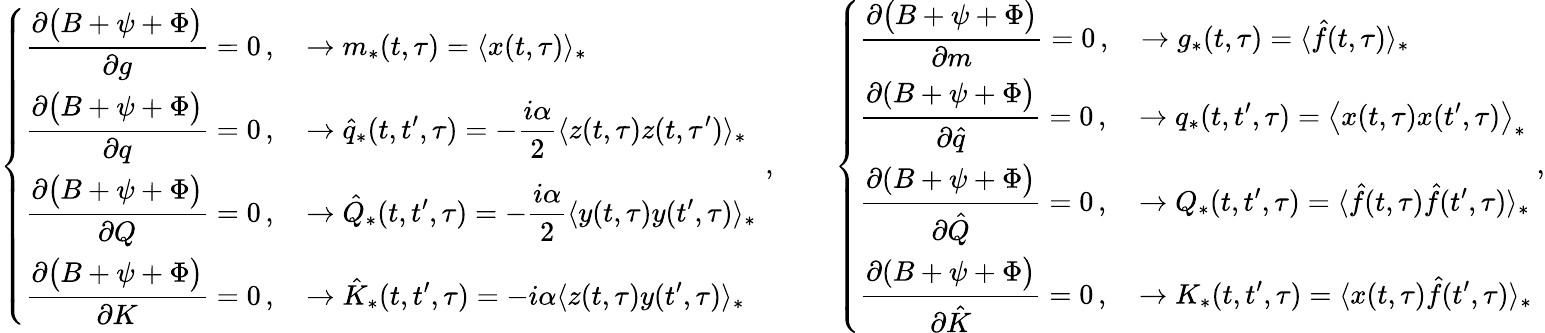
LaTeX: \left\{ \begin{array}{l}{\displaystyle\frac{\partial\big(B+\psi+\Phi\big)}{\partial g}=0\, ,\quad\rightarrow{m}_{*}(t,\tau)=\langle x(t,\tau)\rangle_{*}}\\ {\displaystyle\frac{\partial\big(B+\psi+\Phi\big)}{\partial q}=0\, ,\quad\rightarrow\hat{q}_{*}(t,t^{\prime},\tau)=-\frac{i\alpha}{2}\langle z(t,\tau)z(t,\tau^{\prime})\rangle_{*}}\\ {\displaystyle\frac{\partial\big(B+\psi+\Phi\big)}{\partial Q}=0\, ,\quad\rightarrow\hat{Q}_{*}(t,t^{\prime},\tau)=-\frac{i\alpha}{2}\langle y(t,\tau)y(t^{\prime},\tau)\rangle_{*}}\\ {\displaystyle\frac{\partial\big(B+\psi+\Phi\big)}{\partial K}=0\, ,\quad\rightarrow\hat{K}_{*}(t,t^{\prime},\tau)=-i\alpha\langle z(t,\tau)y(t^{\prime},\tau)\rangle_{*}}\end{array}\right.\, \, ,\qquad\left\{ \begin{array}{l}{\displaystyle\frac{\partial\big(B+\psi+\Phi\big)}{\partial m}=0\, ,\quad\rightarrow{g}_{*}(t,\tau)=\langle\hat{f}(t,\tau)\rangle_{*}}\\ {\displaystyle\frac{\partial(B+\psi+\Phi\big)}{\partial\hat{q}}=0\, ,\quad\rightarrow q_{*}(t,t^{\prime},\tau)=\big\langle x(t,\tau)x(t^{\prime},\tau)\big\rangle_{*}}\\ {\displaystyle\frac{\partial(B+\psi+\Phi\big)}{\partial\hat{Q}}=0\, ,\quad\rightarrow Q_{*}(t,t^{\prime},\tau)=\langle\hat{f}(t,\tau)\hat{f}(t^{\prime},\tau)\rangle_{*}}\\ {\displaystyle\frac{\partial(B+\psi+\Phi\big)}{\partial\hat{K}}=0\, ,\quad\rightarrow K_{*}(t,t^{\prime},\tau)=\langle x(t,\tau)\hat{f}(t^{\prime},\tau)\rangle_{*}}\end{array}\right.\, ,